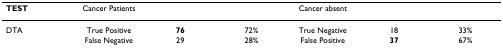
<table><thead><tr><td><b>TEST</b></td><td><b>Cancer Patients</b></td><td></td><td></td><td><b>Cancer absent</b></td><td></td><td></td></tr></thead><tbody><tr><td>DTA</td><td>True Positive</td><td><b>76</b></td><td>72%</td><td>True Negative</td><td>18</td><td>33%</td></tr><tr><td></td><td>False Negative</td><td>29</td><td>28%</td><td>False Positive</td><td><b>37</b></td><td>67%</td></tr></tbody></table>